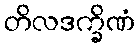
တိလဒက္ခိဏံ